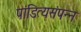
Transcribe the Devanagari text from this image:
पांडित्यसंपन्न